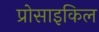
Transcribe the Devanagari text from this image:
प्रोसाइकिल